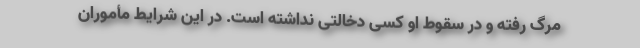
مرگ رفته و در سقوط او کسی دخالتی نداشته است. در این شرایط مأموران